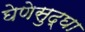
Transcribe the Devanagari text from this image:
घेणेसुद्घा